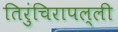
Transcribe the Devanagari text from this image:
तिरुंचिरापल्ली